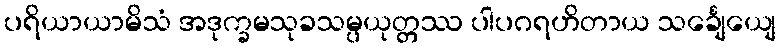
ပရိယာယာမိသံ အဒုက္ခမသုခသမ္ပယုတ္တဿ ပါပဂရဟိတာယ သင်္ချေယျေ